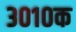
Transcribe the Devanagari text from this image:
३०१०क